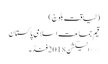
(لیاقت بلوچ)
قیم جماعت اسلامی پاکستان
>> الیکشن 2018فنڈ۔